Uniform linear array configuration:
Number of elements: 24
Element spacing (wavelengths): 0.25
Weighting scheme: binomial
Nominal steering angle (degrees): -15
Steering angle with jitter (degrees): -15.638
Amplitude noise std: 0.05
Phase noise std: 0.05

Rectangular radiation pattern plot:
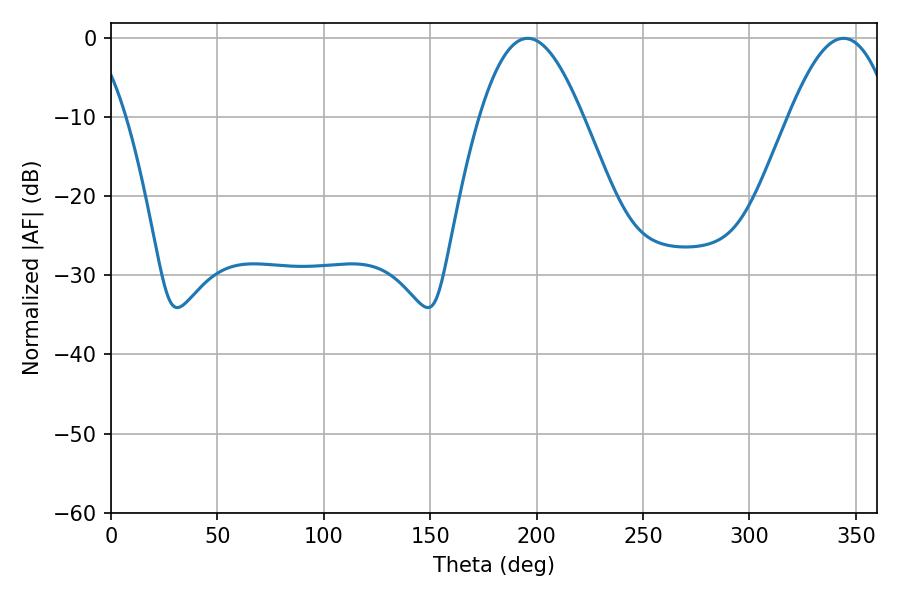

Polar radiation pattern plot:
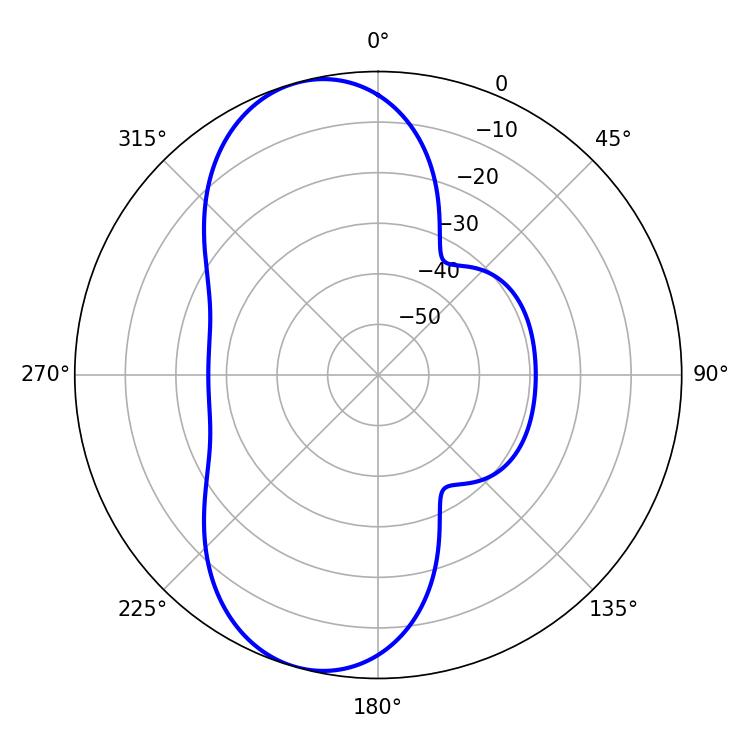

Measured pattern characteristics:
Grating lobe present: FALSE
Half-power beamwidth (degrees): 26.28
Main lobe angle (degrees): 195.84